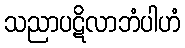
သညာပဋိလာဘံပါဟံ